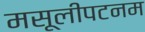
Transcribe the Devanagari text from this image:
मसूलीपटनम